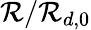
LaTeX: \mathcal{R}/\mathcal{R}_{d,0}